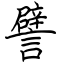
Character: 譬